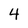
Character: 4